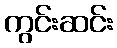
ကွင်းဆင်း